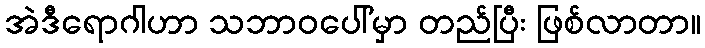
အဲဒီရောဂါဟာ သဘာဝပေါ်မှာ တည်ပြီး ဖြစ်လာတာ။